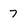
Character: 7